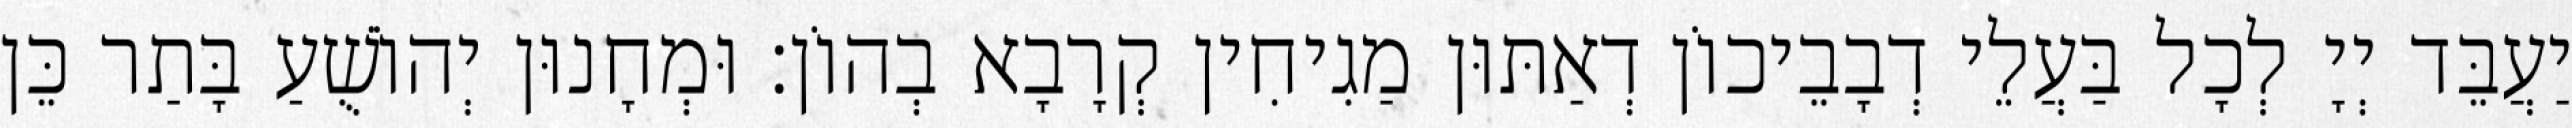
יַעֲבֵּד יְיָ לְכָל בַּעֲלֵי דְבָבֵיכוֹן דְאַתּוּן מַגִיחִין קְרָבָא בְהוֹן׃ וּמְחָנוּן יְהוֹשֻׁעַ בָּתַר כֵּן